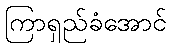
ကြာရှည်ခံအောင်